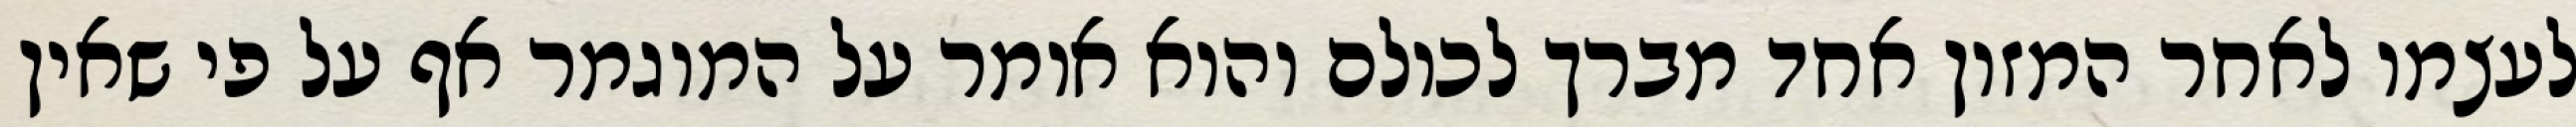
לעצמו לאחר המזון אחד מברך לכולם והוא אומר על המוגמר אף על פי שאין